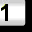
Digit: 1